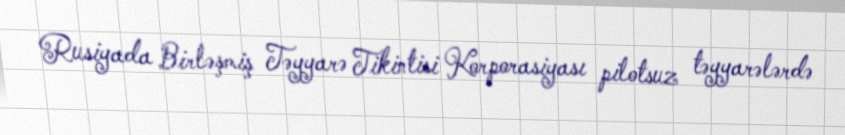
Rusiyada Birləşmiş Təyyarə Tikintisi Korporasiyası pilotsuz təyyarələrdə